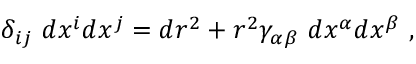
\delta _ { i j } ~ d x ^ { i } d x ^ { j } = d r ^ { 2 } + r ^ { 2 } \gamma _ { \alpha \beta } ~ d x ^ { \alpha } d x ^ { \beta } ~ ,